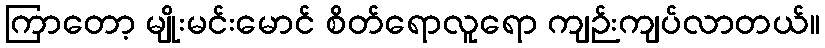
ကြာတော့ မျိုးမင်းမောင် စိတ်ရောလူရော ကျဉ်းကျပ်လာတယ်။